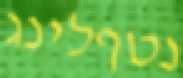
נטףלינג